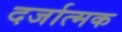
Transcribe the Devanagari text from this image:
दर्जात्मक